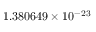
1 . 3 8 0 6 4 9 \times 1 0 ^ { - 2 3 }